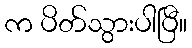
က ပိတ်သွားပါပြီ။